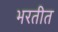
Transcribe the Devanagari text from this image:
भरतीत